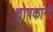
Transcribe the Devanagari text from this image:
शोषकांनी